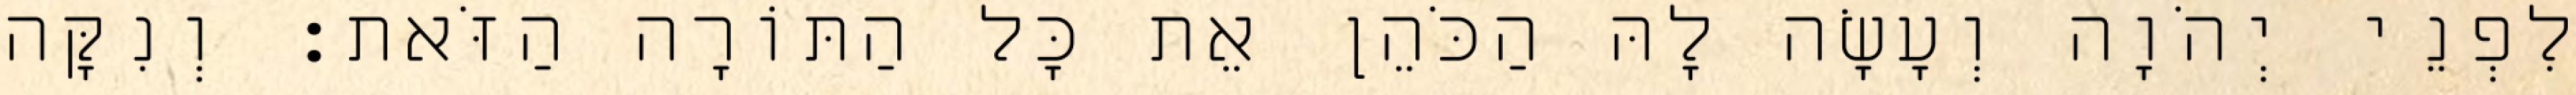
לִפְנֵי יְהֹוָה וְעָשָׂה לָהּ הַכֹּהֵן אֵת כָּל הַתּוֹרָה הַזֹּאת׃ וְנִקָּה